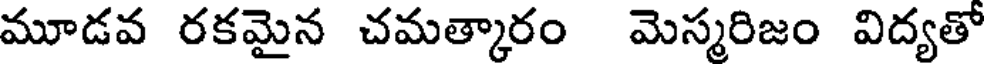
మూడవ రకమైన చమత్కారం మెస్మరిజం విద్యతో